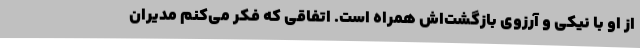
از او با نیکی و آرزوی بازگشت‌اش همراه است. اتفاقی که فکر می‌کنم مدیران